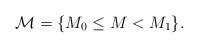
LaTeX: \begin{align*}\mathcal{M}=\{M_0 \leq M < M_1\}.\end{align*}